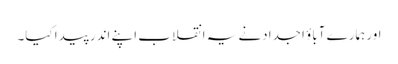
اور ہمارے آباؤ اجدادنے یہ انقلاب اپنے اندر پیدا کیا۔